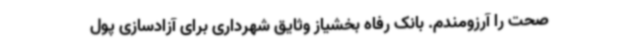
صحت را آرزومندم. بانک رفاه بخشیاز وثایق شهرداری برای آزادسازی پول